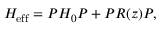
H _ { \mathrm { e f f } } = P H _ { 0 } P + P R ( z ) P ,